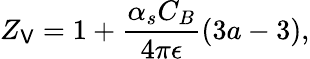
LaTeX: Z_{\mathsf{V}}=1+\frac{{\alpha_{s}C_{B}}}{{4\pi\epsilon}}(3a-3),